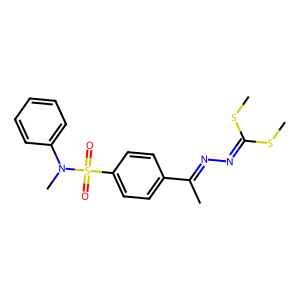
SMILES: CSC(=NN=C(C)c1ccc(S(=O)(=O)N(C)c2ccccc2)cc1)SC
Inhibits HIV replication: No